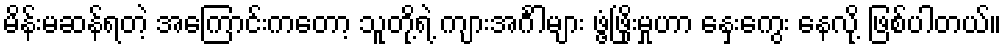
မိန်းမဆန်ရတဲ့ အကြောင်းကတော့ သူတို့ရဲ့ ကျားအင်္ဂါများ ဖွံ့ဖြိုးမှုဟာ နှေးကွေး နေလို့ ဖြစ်ပါတယ်။